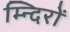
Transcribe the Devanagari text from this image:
म्न्दिरों